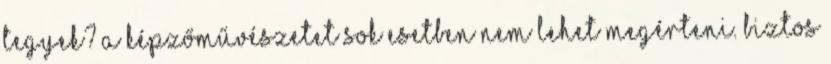
tegyek? A képzőművészetet sok esetben nem lehet megérteni. Biztos